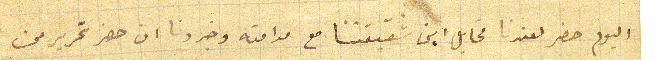
اليوم حضر لعندنا مخايل ابن شقيقتنا مع مدامته وخبرونا ان حضر تحرير من